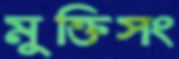
মুক্তিসং